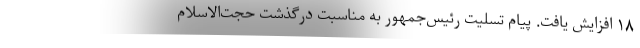
۱۸ افزایش یافت. پیام تسلیت رئیس‌جمهور به مناسبت درگذشت حجت‌الاسلام